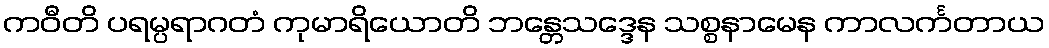
ကဝီတိ ပရမ္ပရာဂတံ ကုမာရိယောတိ ဘန္တေသဒ္ဒေန သစ္စနာမေန ကာလင်္ကတာယ